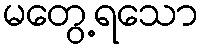
မတွေ့ရသော